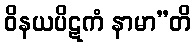
ဝိနယပိဋကံ နာမာ”တိ